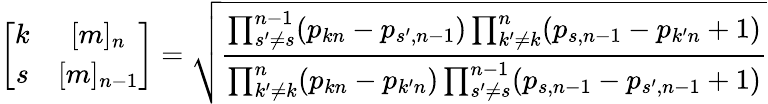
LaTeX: \left[\begin{array}{cc}{{k}}&{{[m]_{n}}}\\ {{s}}&{{[m]_{n-1}}}\end{array}\right]=\sqrt{\frac{\prod_{s^{\prime}\neq s}^{n-1}(p_{kn}-p_{s^{\prime},n-1})\prod_{k^{\prime}\neq k}^{n}(p_{s,n-1}-p_{k^{\prime}n}+1)}{\prod_{k^{\prime}\neq k}^{n}(p_{kn}-p_{k^{\prime}n})\prod_{s^{\prime}\neq s}^{n-1}(p_{s,n-1}-p_{s^{\prime},n-1}+1)}}